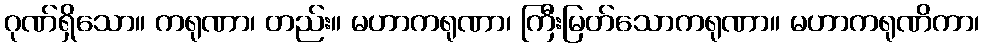
ဂုဏ်ရှိသော။ ကရုဏာ၊ တည်း။ မဟာကရုဏာ၊ ကြီးမြတ်သောကရုဏာ။ မဟာကရုဏိကာ၊